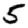
Digit: 5